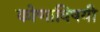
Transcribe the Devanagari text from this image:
कोणाविषयी